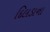
દિલડાના